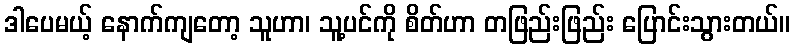
ဒါပေမယ့် နောက်ကျတော့ သူဟာ၊ သူ့ပင်ကို စိတ်ဟာ တဖြည်းဖြည်း ပြောင်းသွားတယ်။